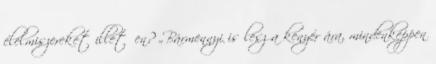
élelmiszereket illetően? „Bármennyi is lesz a kenyér ára, mindenképpen